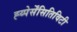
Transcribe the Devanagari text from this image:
ह्य्पेर्सेंसितिविटी